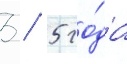
3 / 5 го́да